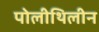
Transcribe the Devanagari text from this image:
पोलीथिलीन